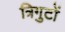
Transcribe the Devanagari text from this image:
त्रिगुटों